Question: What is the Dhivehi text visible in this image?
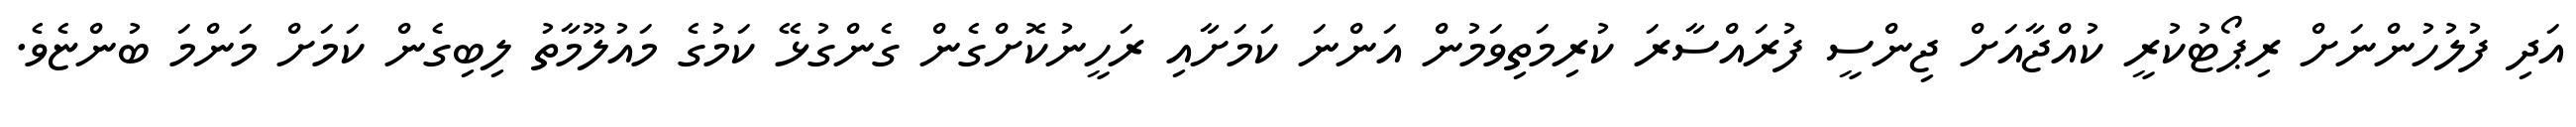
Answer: އަދި ފުލުހުންނަށް ރިޕޯޓުކުރީ ކުއްޖާއަށް ޖިންސީ ފުރައްސާރަ ކުރިމަތިވަމުން އަންނަ ކަމަށާއި ރަހީނުކޮށްގެން ގެންގުޅޭ ކަމުގެ މައުލޫމާތު ލިބިގެން ކަމަށް މަންމަ ބުންޏެވެ.